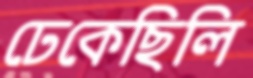
ঢেকেছিলি